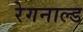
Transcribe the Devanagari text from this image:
रेगनाल्ड